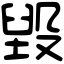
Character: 毀